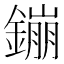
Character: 鏰